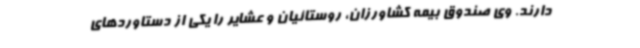
دارند. وی صندوق بیمه کشاورزان، روستائیان و عشایر را یکی از دستاوردهای